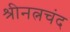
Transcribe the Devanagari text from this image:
श्रीनत्नचंद